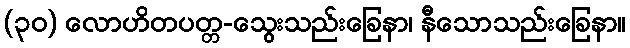
(၃၀) လောဟိတပတ္တ-သွေးသည်းခြေနာ၊ နီသောသည်းခြေနာ။